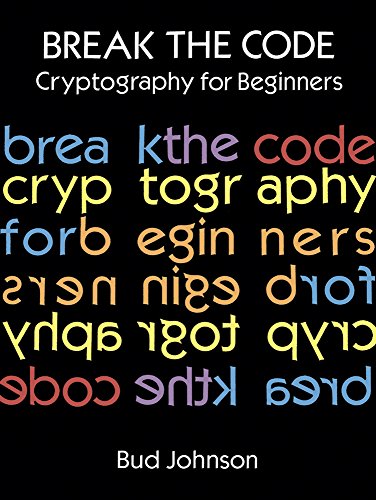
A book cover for Break the Code: Cryptography for Beginners (Dover Children's Activity Books); Bud Johnson; Business & Money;